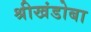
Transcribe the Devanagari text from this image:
श्रीखंडोबा